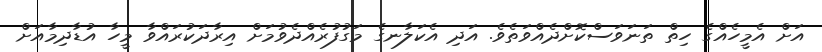
އަށް އެމީހެއްގެ ހިތް ތަނަވަސްކޮށްދެއްވަތެވެ. އަދި އެކަލާނގެ މަގުފުރެއްދެވުމަށް އިރާދަކުރައްވާ މީހާ އުޑާދިމާއަށް